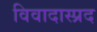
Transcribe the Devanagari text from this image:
विवादास्प्रद